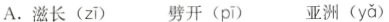
A.滋长( zī ) 劈开( pī )亚洲( yǎ )